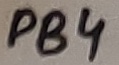
Text: PB4